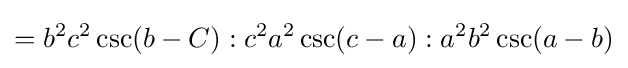
=b^{2}c^{2}\csc(b-C):c^{2}a^{2}\csc(c-a):a^{2}b^{2}\csc(a-b)